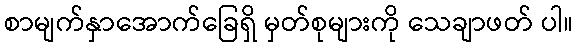
စာမျက်နှာအောက်ခြေရှိ မှတ်စုများကို သေချာဖတ် ပါ။